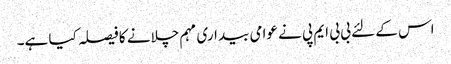
اس کے لئے بی بی ایم پی نے عوامی بیداری مہم چلانے کا فیصلہ کیا ہے۔